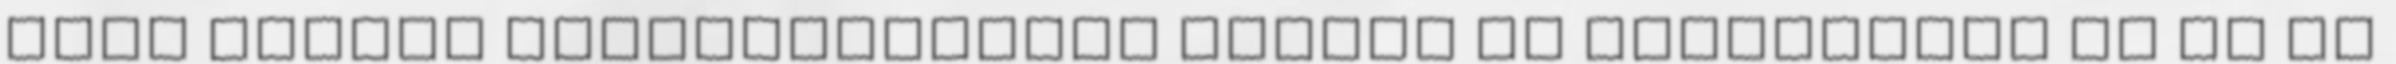
akik bátran lehorgonyozzák ezeket az energiákat és az Új